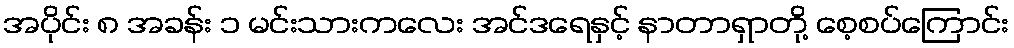
အပိုင်း ၈ အခန်း ၁ မင်းသားကလေး အင်ဒရေနှင့် နာတာရှာတို့ စေ့စပ်ကြောင်း